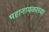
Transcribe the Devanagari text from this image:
महानायकाच्या